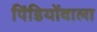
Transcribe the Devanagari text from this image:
पिंडियोंवाला